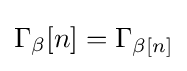
\Gamma _{\beta }[n]=\Gamma _{\beta [n]}